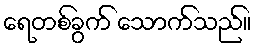
ရေတစ်ခွက် သောက်သည်။